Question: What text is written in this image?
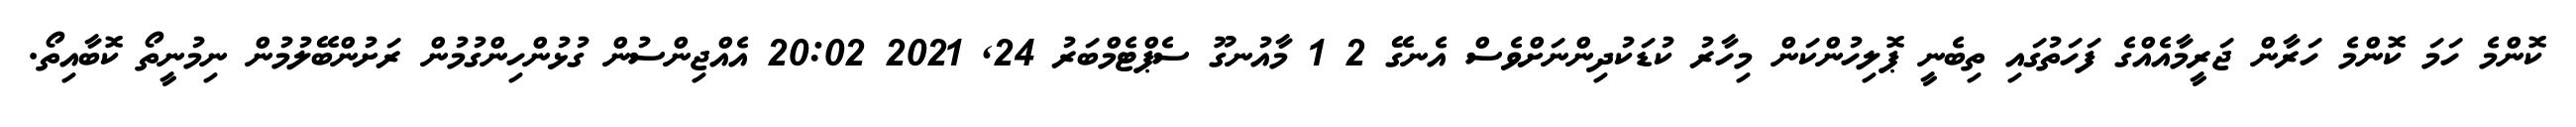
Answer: ކޮންމެ ހަމަ ކޮންމެ ހަރާން ޖަރީމާއެއްގެ ފަހަތުގައި ތިބެނީ ޕޮލިހުންކަން މިހާރު ކުޑަކުދިންނަށްވެސް އެނގޭ 2 1 މާއުނގޫ ސެޕްޓެމްބަރު 24, 2021 20:02 އެއްޖިންސުން ގުޅުންހިންގުމުން ރަށުންބޭލުމުން ނިމުނީތޯ ކޮބާއިތޯ.